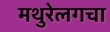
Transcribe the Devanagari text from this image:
मथुरेलगचा